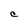
Character: C